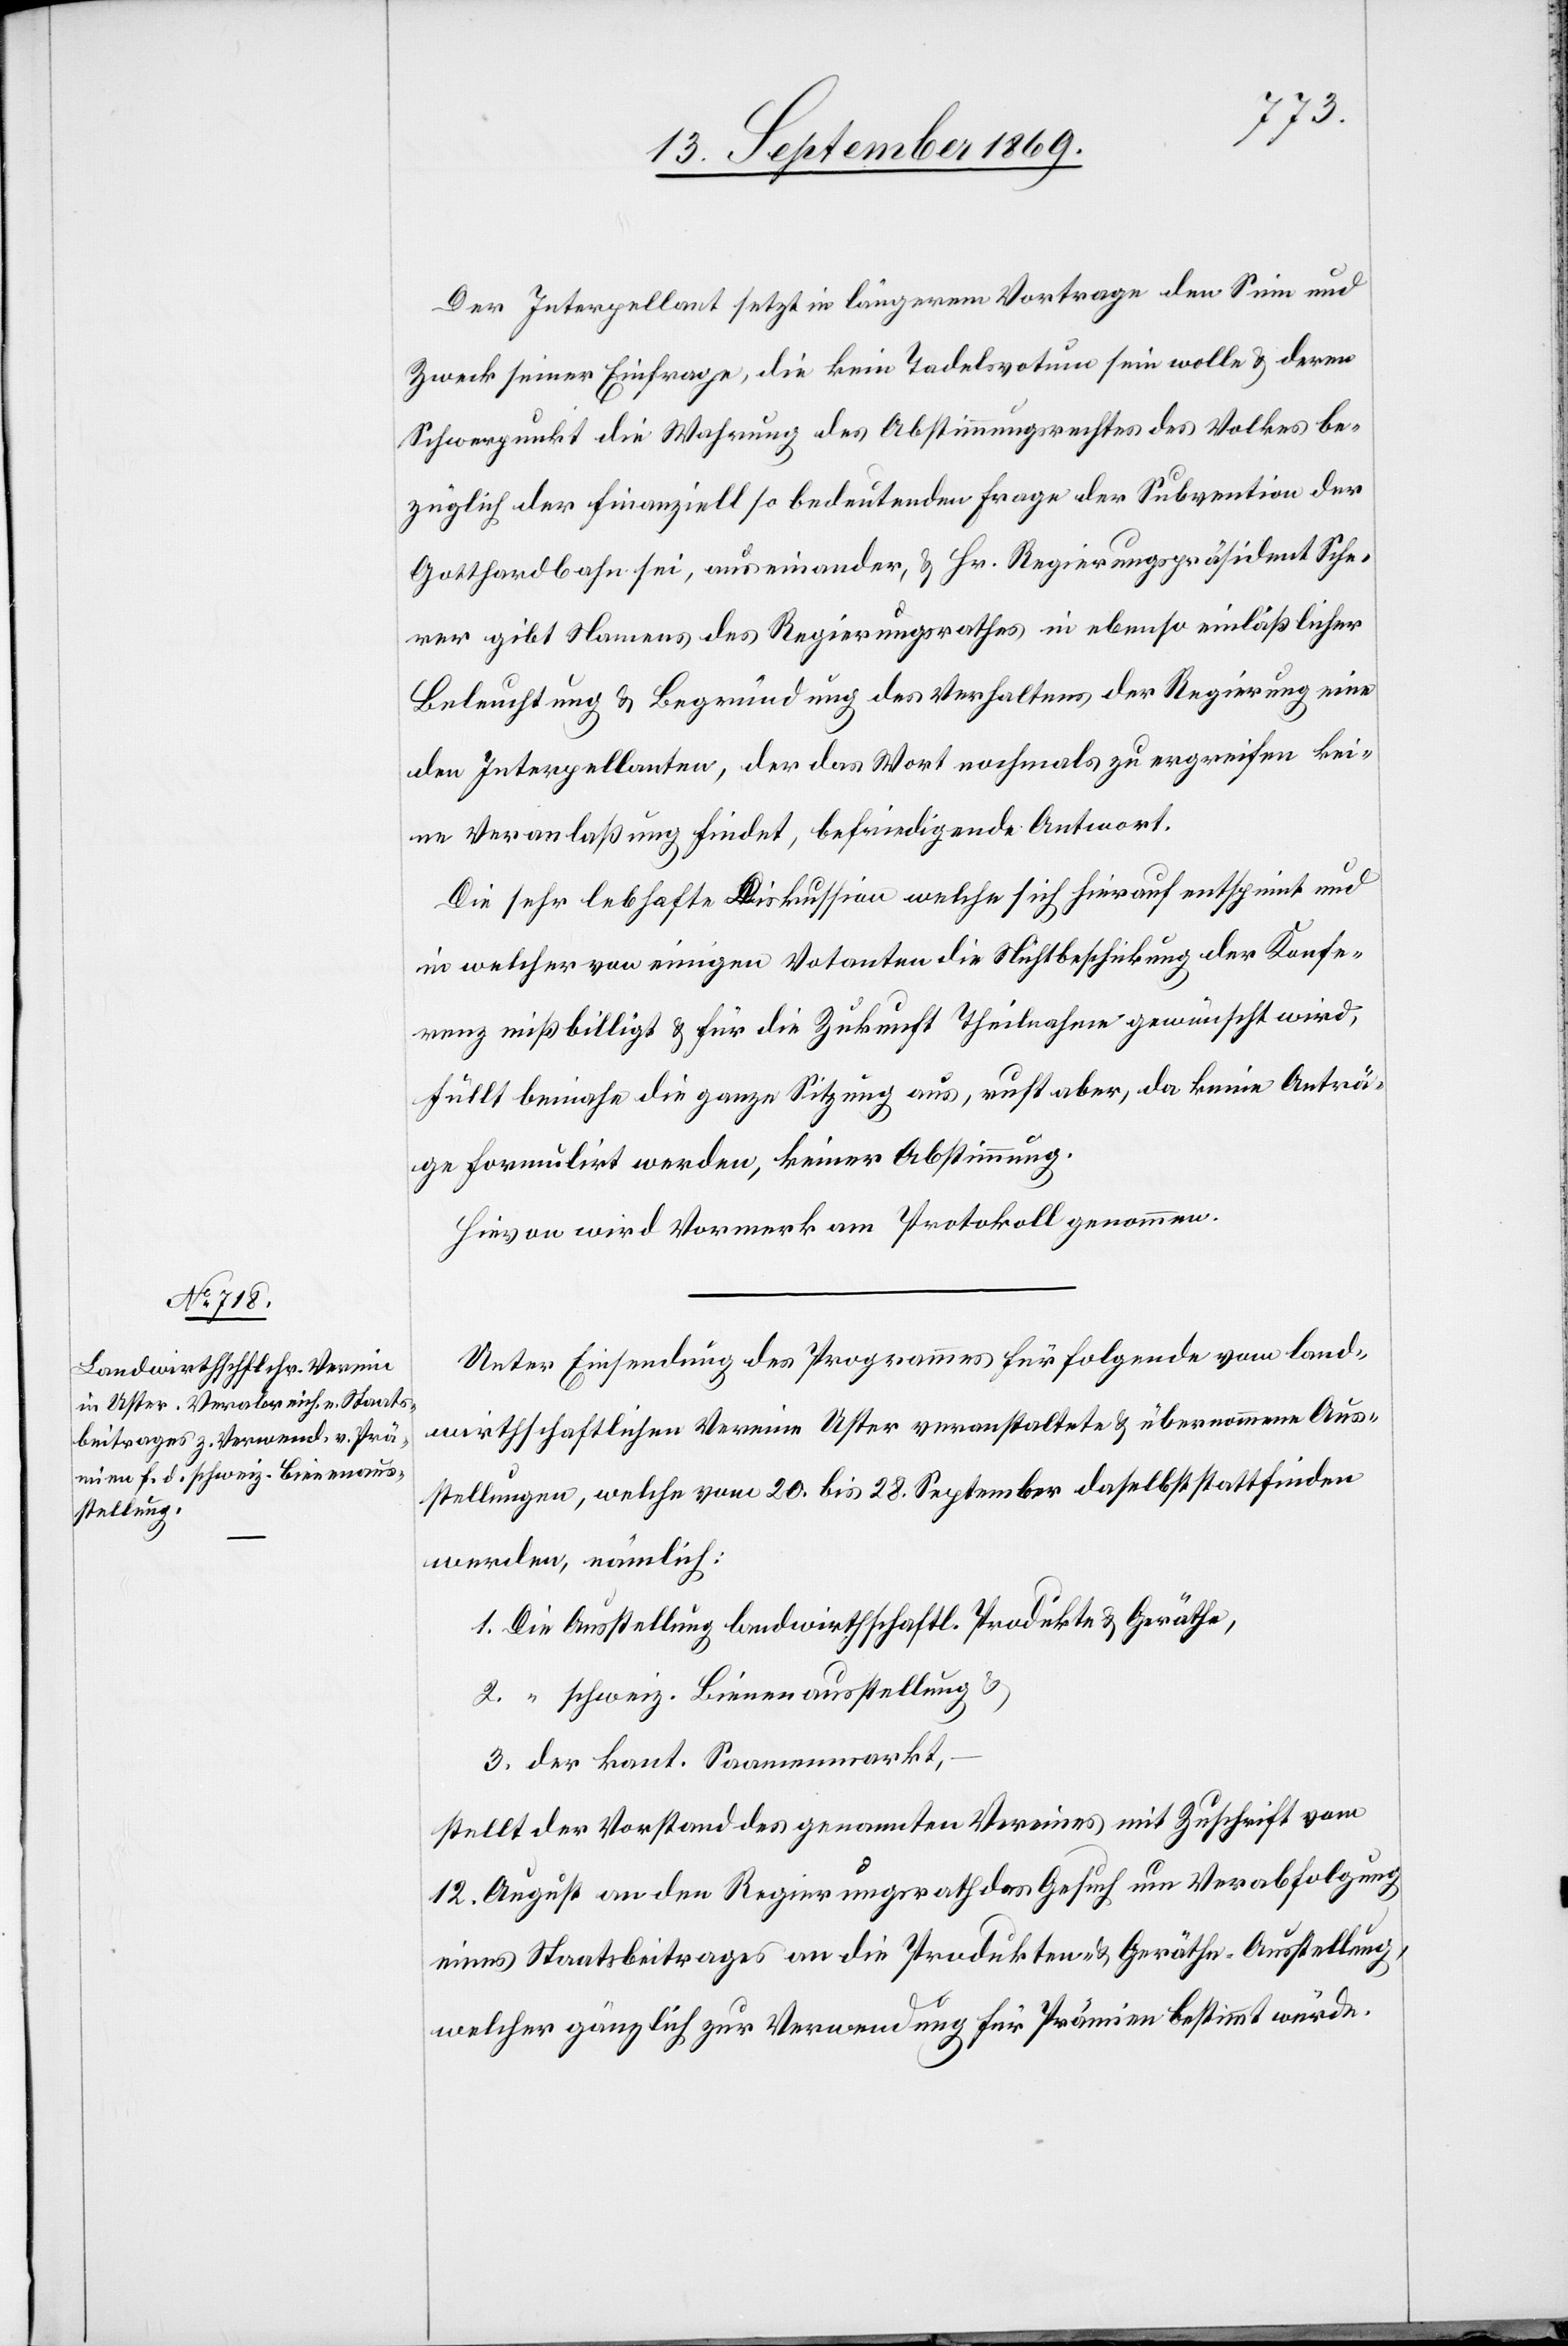
Der Interpellant setzt in längerem Vortrage den Sinn und
Zweck seiner Einfrage, die kein Tadelsvotum sein wolle & deren
Schwerpunkt die Wahrung des Abstimmungsrechtes des Volkes be¬
züglich der finanziell so bedeutenden Frage der Subvention der
Gotthardbahn sei, auseinander, & Hr. Regierungspräsident Sche¬
rer gibt Namens des Regierungsrathes in ebenso einläßlicher
Beleuchtung & Begründung des Verhaltens der Regierung eine
den Interpellanten, der das Wort nochmals zu ergreifen kei¬
ne Veranlaßung findet, befriedigende Antwort.
Die sehr lebhafte Diskussion welche sich hierauf entspinnt und
in welcher von einigen Votanten die Nichtbeschickung der Konfe¬
renz mißbilligt & für die Zukunft Theilnahme gewünscht wird,
füllt beinahe die ganze Sitzung aus, ruft aber, da keine Anträ¬
ge formulirt werden, keiner Abstimmung.
Hievon wird Vormerk am Protokoll genommen.
Unter Einsendung des Programmes für folgende vom land¬
wirthschaftlichen Verein Uster veranstaltete & übernommene Aus¬
stellungen, welche vom 20. bis 28. September daselbst stattfinden
werden, nämlich:
1. Die Ausstellung landwirthschaftl. Produkte & Geräthe,
2. “ schweiz. Bienenausstellung &
3. der kant. Saamenmarkt,
stellt der Vorstand des genannten Vereines mit Zuschrift vom
12. August an den Regierungsrath das Gesuch um Verabfolgung
eines Staatsbeitrages an die Produkten- [sic!] & Geräthe-Ausstellung,
welcher gänzlich zur Verwendung für Prämien bestimmt würde.